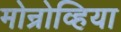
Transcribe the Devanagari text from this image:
मोन्रोव्हिया